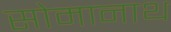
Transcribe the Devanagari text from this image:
सोमानाथ